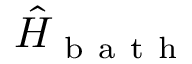
\hat { H } _ { \mathrm { ~ b ~ a ~ t ~ h ~ } }